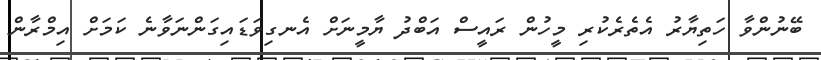
ބޭނުންވާ ހަތިޔާރު އެތެރެކުރި މީހުން ރައީސް އަބްދު ޔާމީނަށް އެނގިވަޑައިގަންނަވާނެ ކަަމަށް އިމްރާން